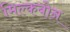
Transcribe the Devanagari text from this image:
मिल्कबोन